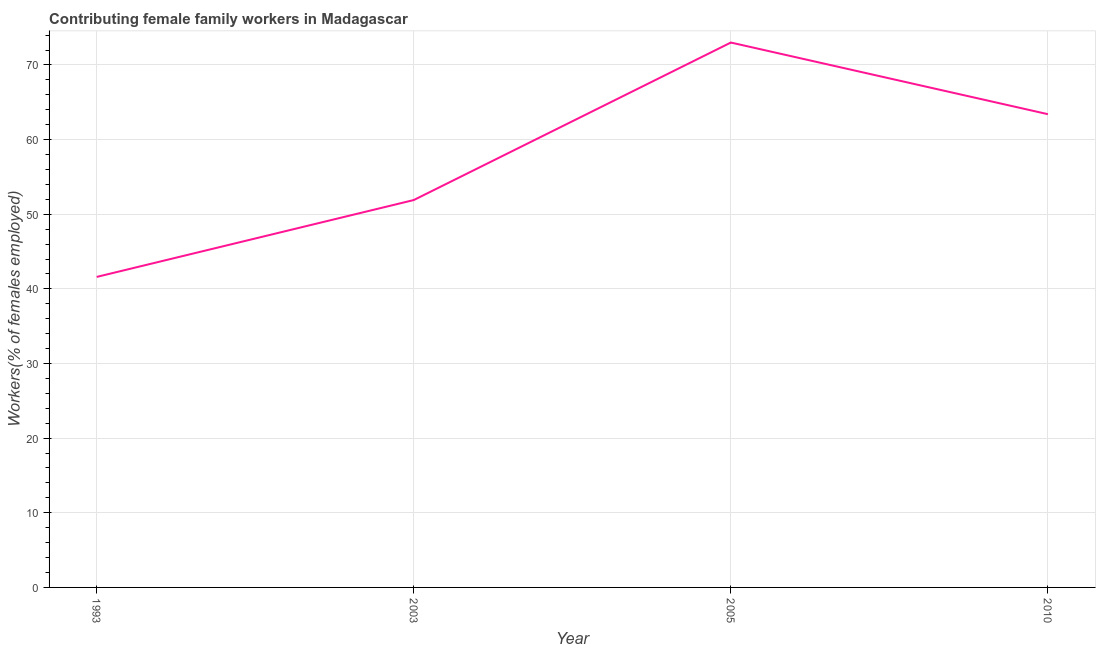
| Year | Contributing family workers |
 | --- | --- |
 | 1993 | 41.6 |
 | 2003 | 51.9 |
 | 2005 | 73 |
 | 2010 | 63.4 |